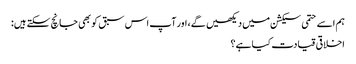
ہم اسے حتمی سیکشن میں دیکھیں گے، اور آپ اس سبق کو بھی جانچ سکتے ہیں:
اخلاقی قیادت کیا ہے؟